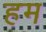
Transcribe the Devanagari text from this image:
हम